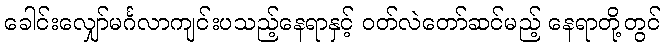
ခေါင်းလျှော်မင်္ဂလာကျင်းပသည့်နေရာနှင့် ဝတ်လဲတော်ဆင်မည့် နေရာတို့တွင်